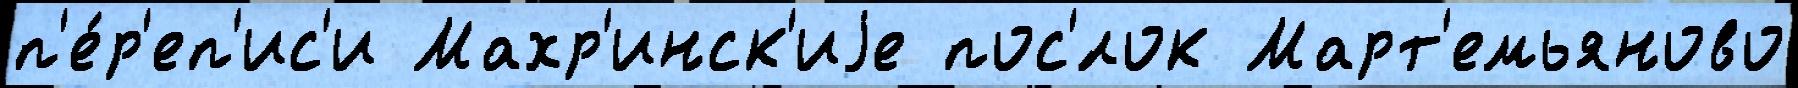
п'е́р'еп'ис'и Махр'инск'иjе пос'́лок Март'емьяново